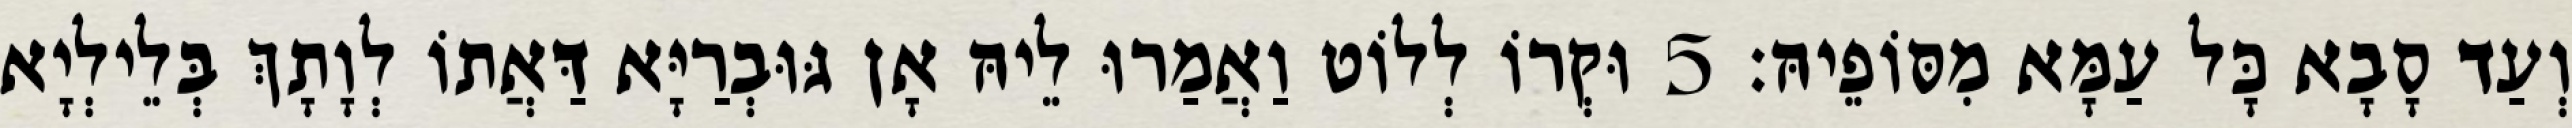
וְעַד סָבָא כָּל עַמָּא מִסּוֹפֵיהּ׃ 5 וּקְרוֹ לְלוֹט וַאֲמַרוּ לֵיהּ אָן גּוּבְרַיָּא דַּאֲתוֹ לְוָתָךְ בְּלֵילְיָא